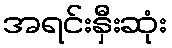
အရင်းနှီးဆုံး